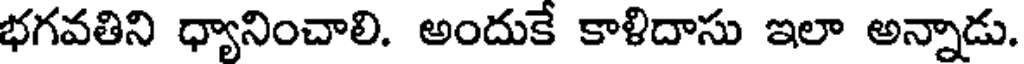
భగవతిని ధ్యానించాలి. అందుకే కాళిదాసు ఇలా అన్నాడు.